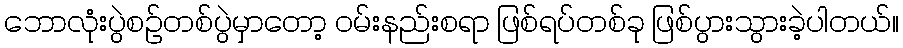
ဘောလုံးပွဲစဉ်တစ်ပွဲမှာတော့ ဝမ်းနည်းစရာ ဖြစ်ရပ်တစ်ခု ဖြစ်ပွားသွားခဲ့ပါတယ်။